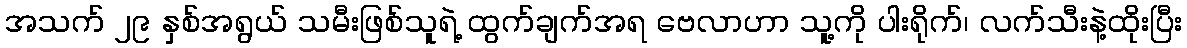
အသက် ၂၉ နှစ်အရွယ် သမီးဖြစ်သူရဲ့ ထွက်ချက်အရ ဗေလာဟာ သူ့ကို ပါးရိုက်၊ လက်သီးနဲ့ထိုးပြီး